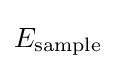
E_{\text{sample}}